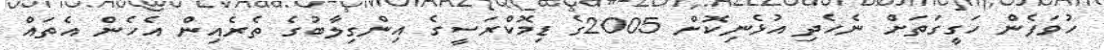
ހުވަފެން ހަގީގަތަށް ނެހެދި އުޅެނިކޮށް 2005ގެ ޑިމޮކްރަސީގެ އިންގިލާބުގެ ތެރެއިން އެހެން އެތައް